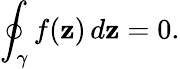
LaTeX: \oint_{\gamma}f(\mathbf{z})\, d\mathbf{z}=0.